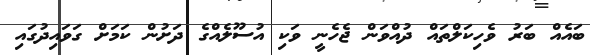
ބައެއް ބަރު ވެހިކަލްތައް ދުއްވަން ޖެހެނީ ވަކި އުސޫލެއްގެ ދަށުން ކަމަށް ގަވައިދުގައި